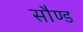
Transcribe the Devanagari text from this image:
सौण्ड